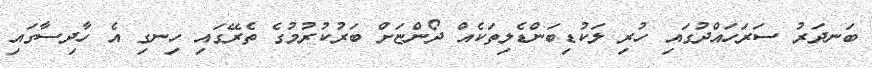
ބަނދަރު ސަރަހައްދުގައި ހުރި ލަކުޑިބަންޑެލިތަކެއް ދޯންޏަށް ބަރުކުރުމުގެ ތެރޭގައި ހިނގި އެ ހާދިސާގައި